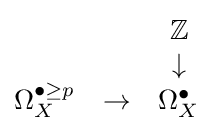
{\begin{matrix}&&\mathbb {Z} \\&&\downarrow \\\Omega _{X}^{\bullet \geq p}&\to &\Omega _{X}^{\bullet }\end{matrix}}